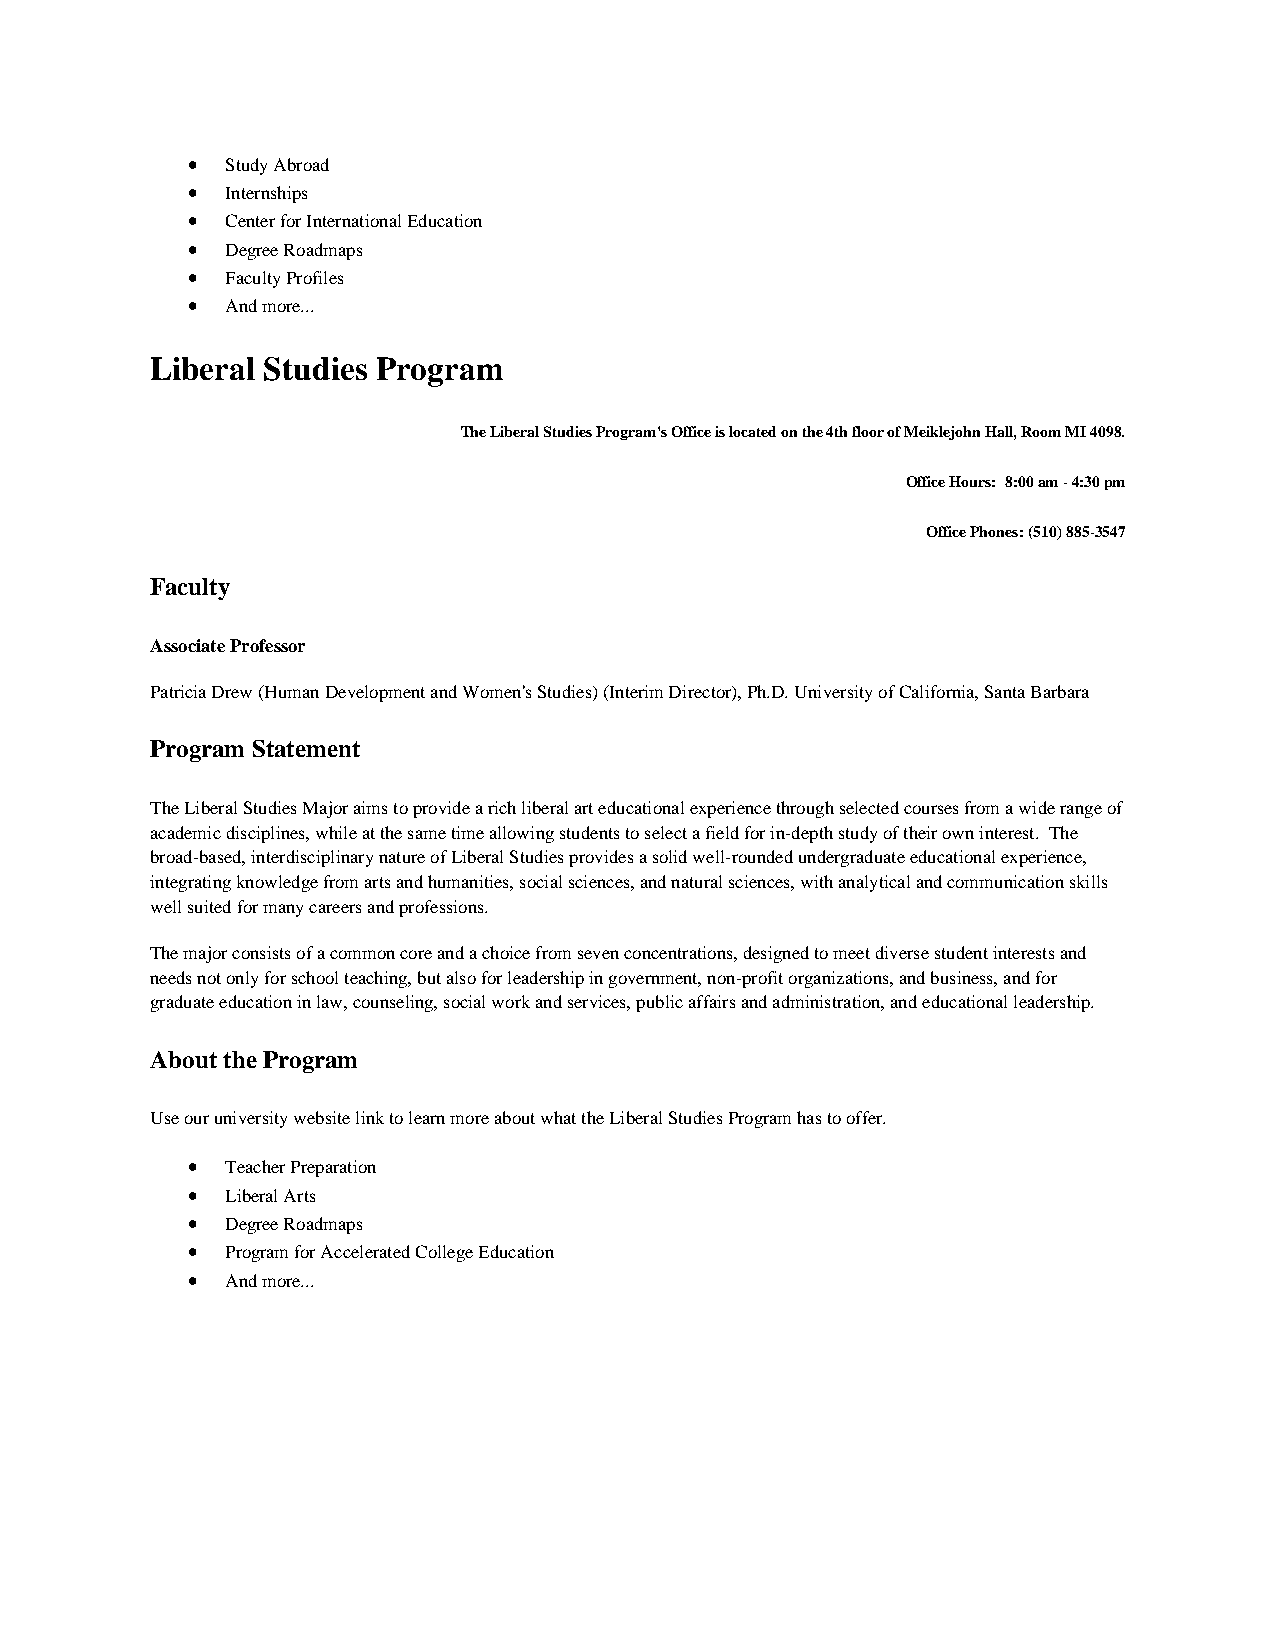
•  Study Abroad
 •  Internships
 •  Center for International Education
 •  Degree Roadmaps
 •  Faculty Profiles
 •  And more...
 Liberal Studies Program
 The Liberal Studies Program's Office is located on the 4th floor of Meiklejohn Hall, Room MI 4098.
 Office Hours: 8:00 am - 4:30 pm
 Office Phones: (510) 885-3547
 Faculty
 Associate Professor
 Patricia Drew (Human Development and Women's Studies) (Interim Director), Ph.D. University of California, Santa Barbara
 Program Statement
 The Liberal Studies Major aims to provide a rich liberal art educational experience through selected courses from a wide range of
 academic disciplines, while at the same time allowing students to select a field for in-depth study of their own interest. The
 broad-based, interdisciplinary nature of Liberal Studies provides a solid well-rounded undergraduate educational experience,
 integrating knowledge from arts and humanities, social sciences, and natural sciences, with analytical and communication skills
 well suited for many careers and professions.
 The major consists of a common core and a choice from seven concentrations, designed to meet diverse student interests and
 needs not only for school teaching, but also for leadership in government, non-profit organizations, and business, and for
 graduate education in law, counseling, social work and services, public affairs and administration, and educational leadership.
 About the Program
 Use our university website link to learn more about what the Liberal Studies Program has to offer.
 •  Teacher Preparation
 •  Liberal Arts
 •  Degree Roadmaps
 •  Program for Accelerated College Education
 •  And more...